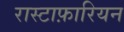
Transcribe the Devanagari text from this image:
रास्टाफ़ारियन